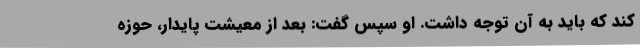
کند که باید به آن توجه داشت. او سپس گفت: بعد از معیشت پایدار، حوزه